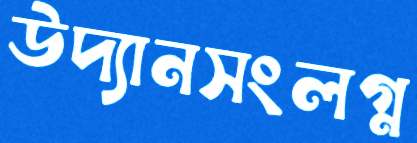
উদ্যানসংলগ্ন